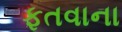
ફતવાના